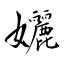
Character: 孋